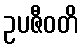
ဥပဇီဝတိ